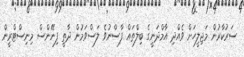
ސަރުކާރުން މަޖިލީހަށް ވެއްދި އާމްދަނީގެ ބިލްތައް ފާސްނުވެ ލަސްވަމުން ދާތީ ފިނޭންސް މިނިސްޓްރީން